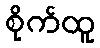
စိုက်ထူ